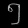
Digit: ၅